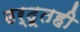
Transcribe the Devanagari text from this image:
उर्दूतही